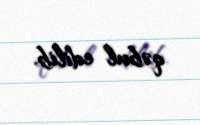
qəbul edilib.